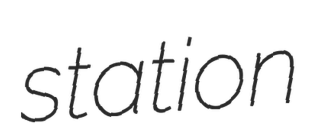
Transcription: station